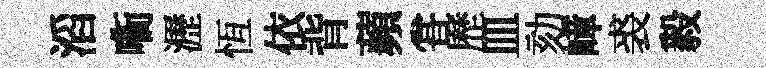
滔㗸瀝恆依背蘋甞歷皿劾嶂裘毅